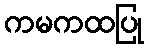
ကမကထပြု